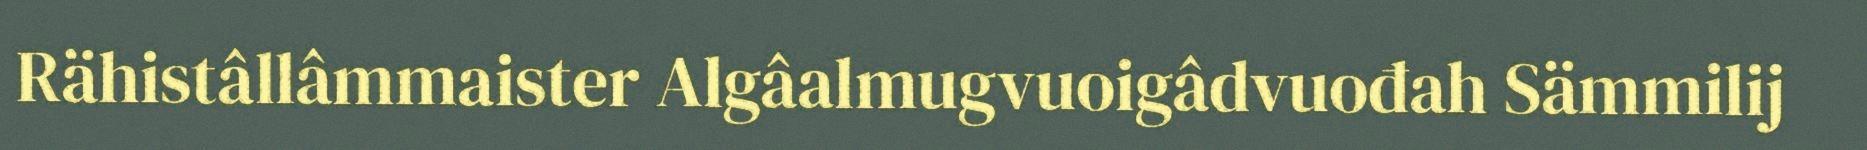
Rähistâllâmmaister Algâalmugvuoigâdvuođah Sämmilij